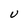
Character: U